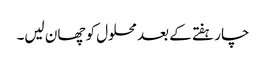
چار ہفتے کے بعد محلول کو چھان لیں۔